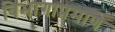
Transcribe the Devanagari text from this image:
विभागाप्रमाणे